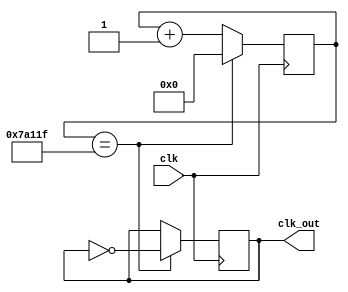
`timescale 1ns / 1ps
//////////////////////////////////////////////////////////////////////////////////
// Company: 
// Engineer: 
// 
// Design Name: 
// Module Name: slow_clkgen
// Project Name: 
// Target Devices: 
// Tool Versions: 
// Description: 
// 
// Dependencies: 
// 
// Revision:
// Revision 0.01 - File Created
// Additional Comments:
// 
//////////////////////////////////////////////////////////////////////////////////

`define SIG_WIDTH 19
module slow_clkgen(clk , clk_out);
input clk ;
output clk_out ;


parameter cnt_100HZ = 50_00_00;       ///100MHZ/100 = 100_00_00 ; for 50_00_00
                                      // cycles the output is 1 and for next 50_00_00 cycles the output is 0 // 
reg [`SIG_WIDTH-1:0] reg_cnt_100HZ ;   /////2^19 = 52_42_88 which is greater than and approx to 50_00_00 cycles for completion //

reg Toggle_100HZ ;

wire CE ;
assign CE = (reg_cnt_100HZ == cnt_100HZ-1) ;
always @ (posedge clk)
   begin
       reg_cnt_100HZ = reg_cnt_100HZ + 1'b1 ;
          if (CE)
            begin
             Toggle_100HZ = ~Toggle_100HZ ;
             reg_cnt_100HZ = 0;
             end
         end   
assign clk_out = Toggle_100HZ ;         
endmodule